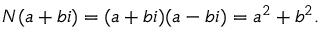
N ( a + b i ) = ( a + b i ) ( a - b i ) = a ^ { 2 } + b ^ { 2 } .